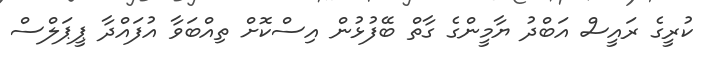
ކުރީގެ ރައީސް އަބްދު ޔާމީންގެ ގާތް ބޭފުޅުން އިސްކޮށް ތިއްބަވާ އުފައްދާ ޕީޕަލްސް